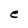
Character: e